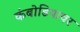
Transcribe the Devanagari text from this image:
कंबोडियावर